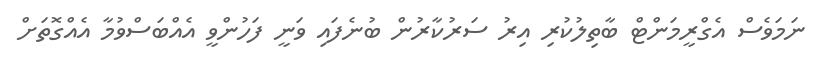
ނަމަވެސް އެގްރީމަންޓް ބާތިލުކުރި އިރު ސަރުކާރުން ބުނެފައި ވަނީ ފަހުންވީ އެއްބަސްވުމާ އެއްގޮތަށް